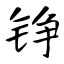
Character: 铮